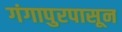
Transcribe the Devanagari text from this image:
गंगापुरपासून